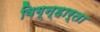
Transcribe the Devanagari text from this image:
विग्न्हार्ता